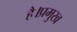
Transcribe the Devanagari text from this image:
है।प्रमुख